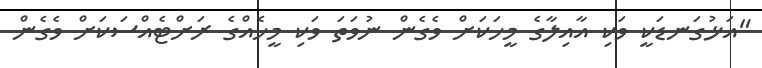
"އަޅުގަނޑަކީ ވަކި އާއިލާގެ މީހަކަށް ވެގެން ނުވަތަ ވަކި މީހެއްގެ ރަށްޓެއްސަކަށް ވެގެން